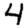
Digit: 4